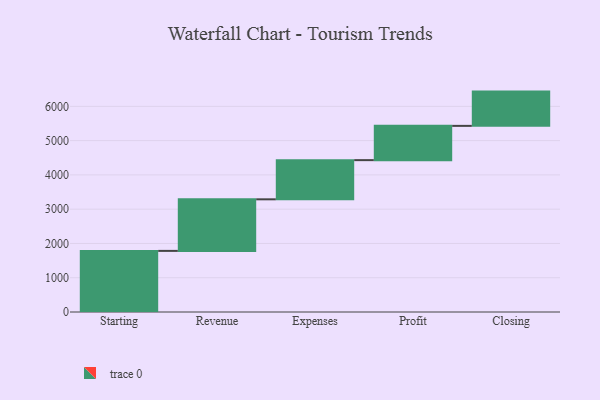
{"axis": {"x": "Step", "y": "Value"}, "legend": [""], "data": [{"x": "Starting", "y": 1783.0, "type": ""}, {"x": "Revenue", "y": 1505.0, "type": ""}, {"x": "Expenses", "y": 1143.0, "type": ""}, {"x": "Profit", "y": 1000, "type": ""}, {"x": "Closing", "y": 1000, "type": ""}]}